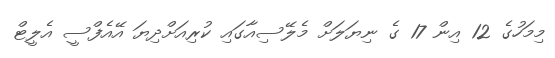
މިމަހުގެ 12 އިން 17 ގެ ނިޔަލަށް މެލޭސިއާގައި ކުރިއަށްދިޔަ އޭއެފްސީ އެލީޓް